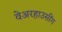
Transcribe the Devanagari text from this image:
वेअरहाउसींग